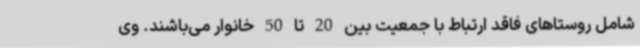
شامل روستاهای فاقد ارتباط با جمعیت بین 20 تا 50 خانوار می‌باشند. وی